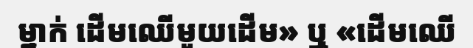
ម្នាក់ ដើមឈើមួយដើម» ឬ «ដើមឈើ